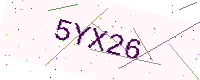
Text: 5YX26